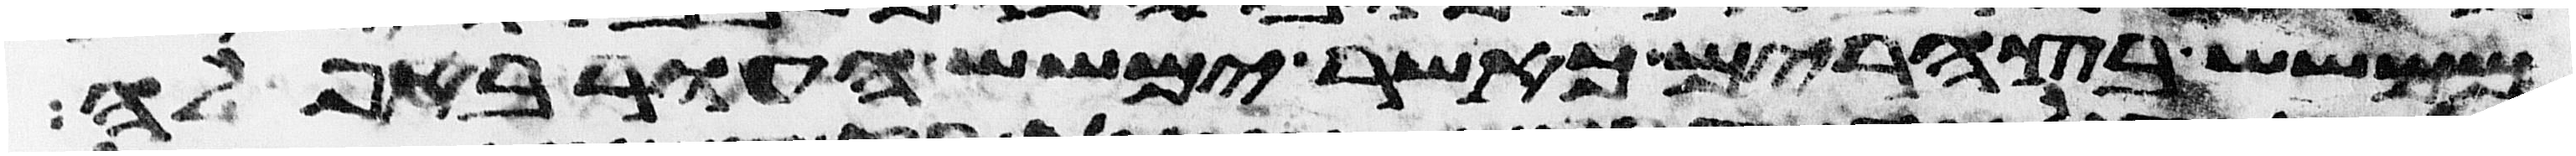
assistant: ממשש בצהרים כאשר ימשש העור באפלה